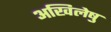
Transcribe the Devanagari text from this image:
अखिलेषु